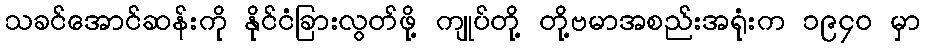
သခင်အောင်ဆန်းကို နိုင်ငံခြားလွတ်ဖို့ ကျုပ်တို့ တို့ဗမာအစည်းအရုံးက ၁၉၄၀ မှာ